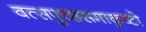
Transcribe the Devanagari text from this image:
वत्सपुच्छसमाकृष्टो